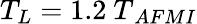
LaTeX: T_{L}=1.2{\ T}_{AFMI}